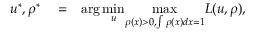
\begin{array} { r l r } { u ^ { * } , \rho ^ { * } } & { { } = } & { \arg \underset { u } { \operatorname* { m i n } } \underset { \rho ( x ) > 0 , \int \rho ( x ) d x = 1 } { \operatorname* { m a x } } L ( u , \rho ) , } \end{array}